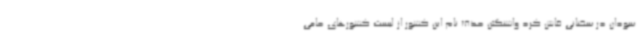
سودان در سخنانی فاش کرد واشنگتن حذف نام این کشور از لیست کشورهای حامی